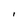
Character: I